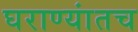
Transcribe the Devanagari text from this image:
घराण्यांतच